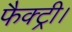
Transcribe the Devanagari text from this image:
फैक्ट्री।